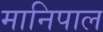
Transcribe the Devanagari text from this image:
मानिपाल